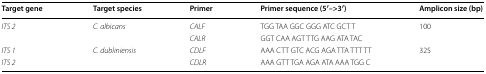
| Target gene | Target species | Primer | Primer sequence (5′–>3′) | Amplicon size (bp) |
 | --- | --- | --- | --- | --- |
 | <ROWSPAN=2> ITS 2 | <ROWSPAN=2> C. albicans | CALF | TGG TAA GGC GGG ATC GCT T | <ROWSPAN=2> 100 |
 | CALR | GGT CAA AGT TTG AAG ATA TAC |
 | ITS 1 | <ROWSPAN=2> C. dubliniensis | CDLF | AAA CTT GTC ACG AGA TTA TTT TT | <ROWSPAN=2> 325 |
 | ITS 2 | CDLR | AAA GTT TGA AGA ATA AAA TGG C |